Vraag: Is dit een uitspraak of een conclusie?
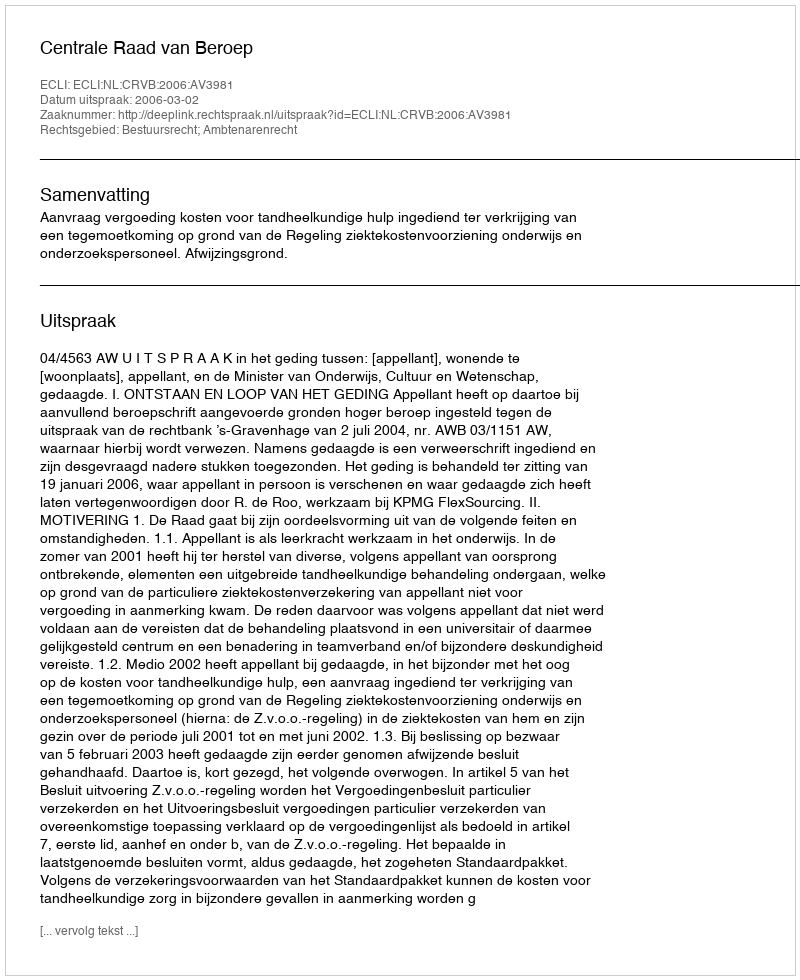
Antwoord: Uitspraak